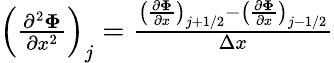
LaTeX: \begin{array}{r}{\left(\frac{\partial^{2}\mathbf{\Phi}}{\partial x^{2}}\right)_{j}=\frac{\left(\frac{\partial\mathbf{\Phi}}{\partial x}\right)_{j+1/2}-\left(\frac{\partial\mathbf{\Phi}}{\partial x}\right)_{j-1/2}}{\Delta x}}\end{array}